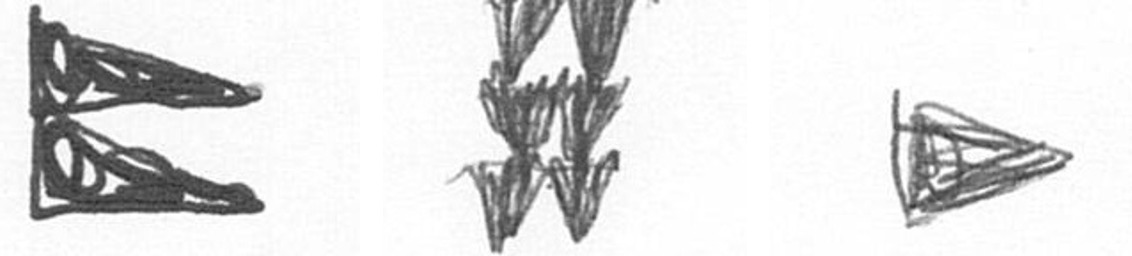
P Y T